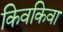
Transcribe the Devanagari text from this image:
किवकिवा